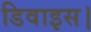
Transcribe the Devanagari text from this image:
डिवाइस।